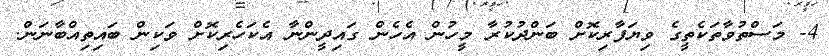
4- މަސްތުވާތަކެތީގެ ވިޔަފާރިކޮށް ބަންދުކުރާ މީހުން އެހެން ގައިދީންނާ އެކަހެރިކޮށް ވަކިން ބައިތިއްބާނަން.